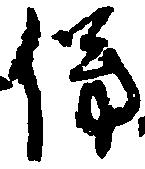
傍